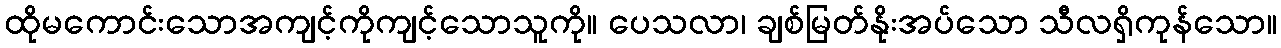
ထိုမကောင်းသောအကျင့်ကိုကျင့်သောသူကို။ ပေသလာ၊ ချစ်မြတ်နိုးအပ်သော သီလရှိကုန်သော။